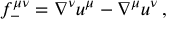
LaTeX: f _ { - } ^ { \mu \nu } = \nabla ^ { \nu } u ^ { \mu } - \nabla ^ { \mu } u ^ { \nu } \, ,